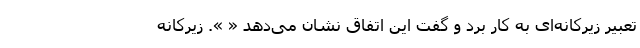
تعبیر زیرکانه‌ای به کار برد و گفت این اتفاق نشان می‌دهد « ». زیرکانه